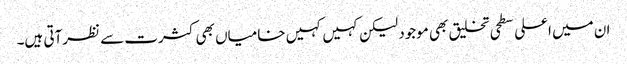
ان میں اعلی سطحی تخلیق بھی موجود لیکن کہیں کہیں خامیاں بھی کثرت سے نظرآتی ہیں۔